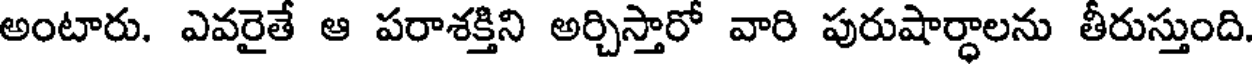
అంటారు. ఎవరైతే ఆ పరాశక్తిని అర్చిస్తారో వారి పురుషార్ధాలను తీరుస్తుంది